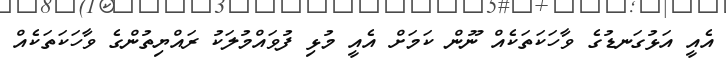
އެއީ އަޅުގަނޑުގެ ވާހަކަތަކެއް ނޫން ކަމަށް އެއީ މުޅި ފުވައްމުލަކު ރައްޔިތުންގެ ވާހަކަތަކެއް